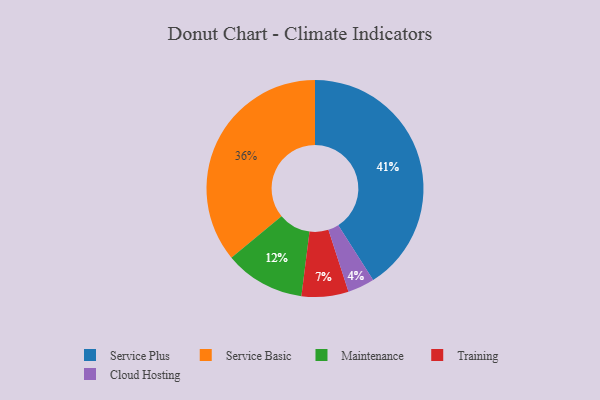
{"axis": {"x": "Category", "y": "Percentage"}, "legend": ["Cloud Hosting", "Maintenance", "Service Basic", "Service Plus", "Training"], "data": [{"x": "Service Basic", "y": 36, "type": "Service Basic"}, {"x": "Cloud Hosting", "y": 4, "type": "Cloud Hosting"}, {"x": "Service Plus", "y": 41, "type": "Service Plus"}, {"x": "Training", "y": 7, "type": "Training"}, {"x": "Maintenance", "y": 12, "type": "Maintenance"}]}